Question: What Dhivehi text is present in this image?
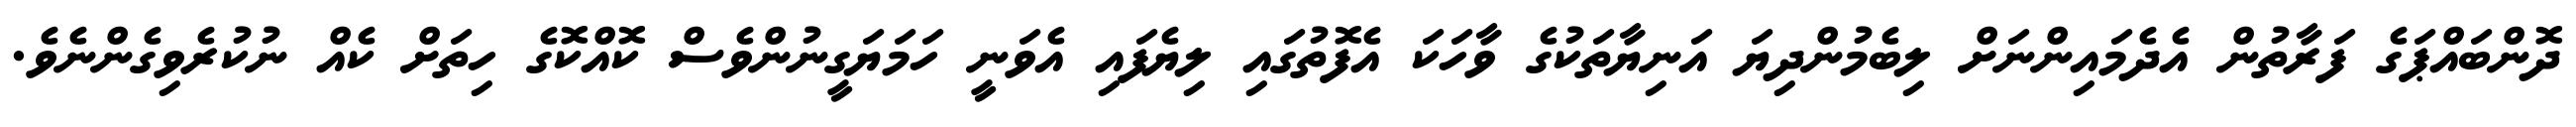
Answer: ދޮންބައްޕަގެ ފަރާތުން އެދެމައިންނަށް ލިބެމުންދިޔަ އަނިޔާތަކުގެ ވާހަކަ އެފޮތުގައި ލިޔެފައި އެވަނީ ހަމަޔަގީނުންވެސް ކޮއްކޮގެ ހިތަށް ކެއް ނުކުރެވިގެންނެވެ.